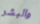
والبشر